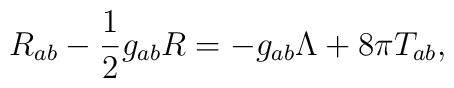
R_{ab} - \frac12 g_{ab} R = -g_{ab} \Lambda + 8\pi T_{ab},